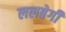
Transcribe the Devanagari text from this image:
ललबेगी